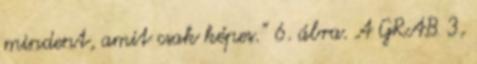
mindent, amit csak képes.” 6. ábra. A GRAB 3,